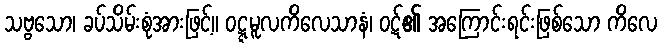
သဗ္ဗသော၊ ခပ်သိမ်းစုံအားဖြင့်။ ဝဋ္ဋမူလကိလေသာနံ၊ ဝဋ်၏ အကြောင်းရင်းဖြစ်သော ကိလေ